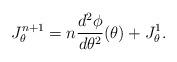
LaTeX: \begin{align*}J^{n+1}_{\theta}= n \frac{d^2 \phi}{d\theta^2}(\theta)+ J^1_{\theta}.\end{align*}